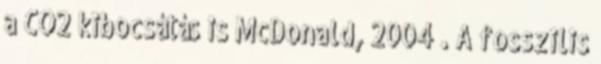
a CO2 kibocsátás is McDonald, 2004 . A fosszilis